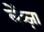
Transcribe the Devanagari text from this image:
लेंञ्ज़ा